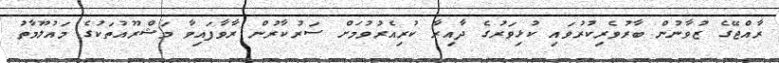
ރާއްޖޭގެ ޒުވާނުން ބާރުވެރިކުރުވައި ކުޅިވަރުގެ ދާއިރާ ކުރިއެރުވުމަށް ސަރުކާރުން ރާވާފައިވާ މަޝްރޫއުތަކުގެ މައުލޫމާތު